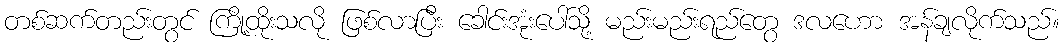
တစ်ဆက်တည်းတွင် ကြို့ထိုးသလို ဖြစ်လာပြီး ခေါင်းအုံးပေါ်သို့ မည်းမည်းရည်တွေ ဒလဟော အန်ချလိုက်သည်။